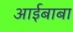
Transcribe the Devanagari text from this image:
आईबाबा